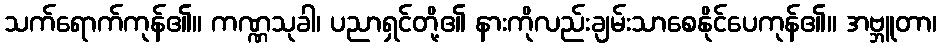
သက်ရောက်ကုန်၏။ ကဏ္ဏသုခါ၊ ပညာရှင်တို့၏ နားကိုလည်းချမ်းသာစေနိုင်ပေကုန်၏။ အဗ္ဘူတာ၊